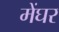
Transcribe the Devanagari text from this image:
मेंघर